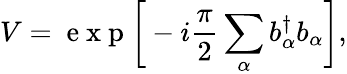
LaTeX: V=\mathrm{~e~x~p~}\bigg[-i\frac{\pi}{2}\sum_{\alpha}b_{\alpha}^{\dagger}b_{\alpha}\bigg],